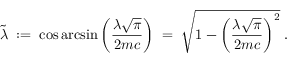
\tilde { \lambda } \; : = \; \cos \arcsin \left( \frac { \lambda \sqrt { \pi } } { 2 m c } \right) \; = \; \sqrt { 1 - \left( \frac { \lambda \sqrt { \pi } } { 2 m c } \right) ^ { 2 } } \; .